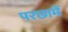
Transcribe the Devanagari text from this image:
परछामें